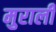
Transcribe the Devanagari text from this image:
मुराली